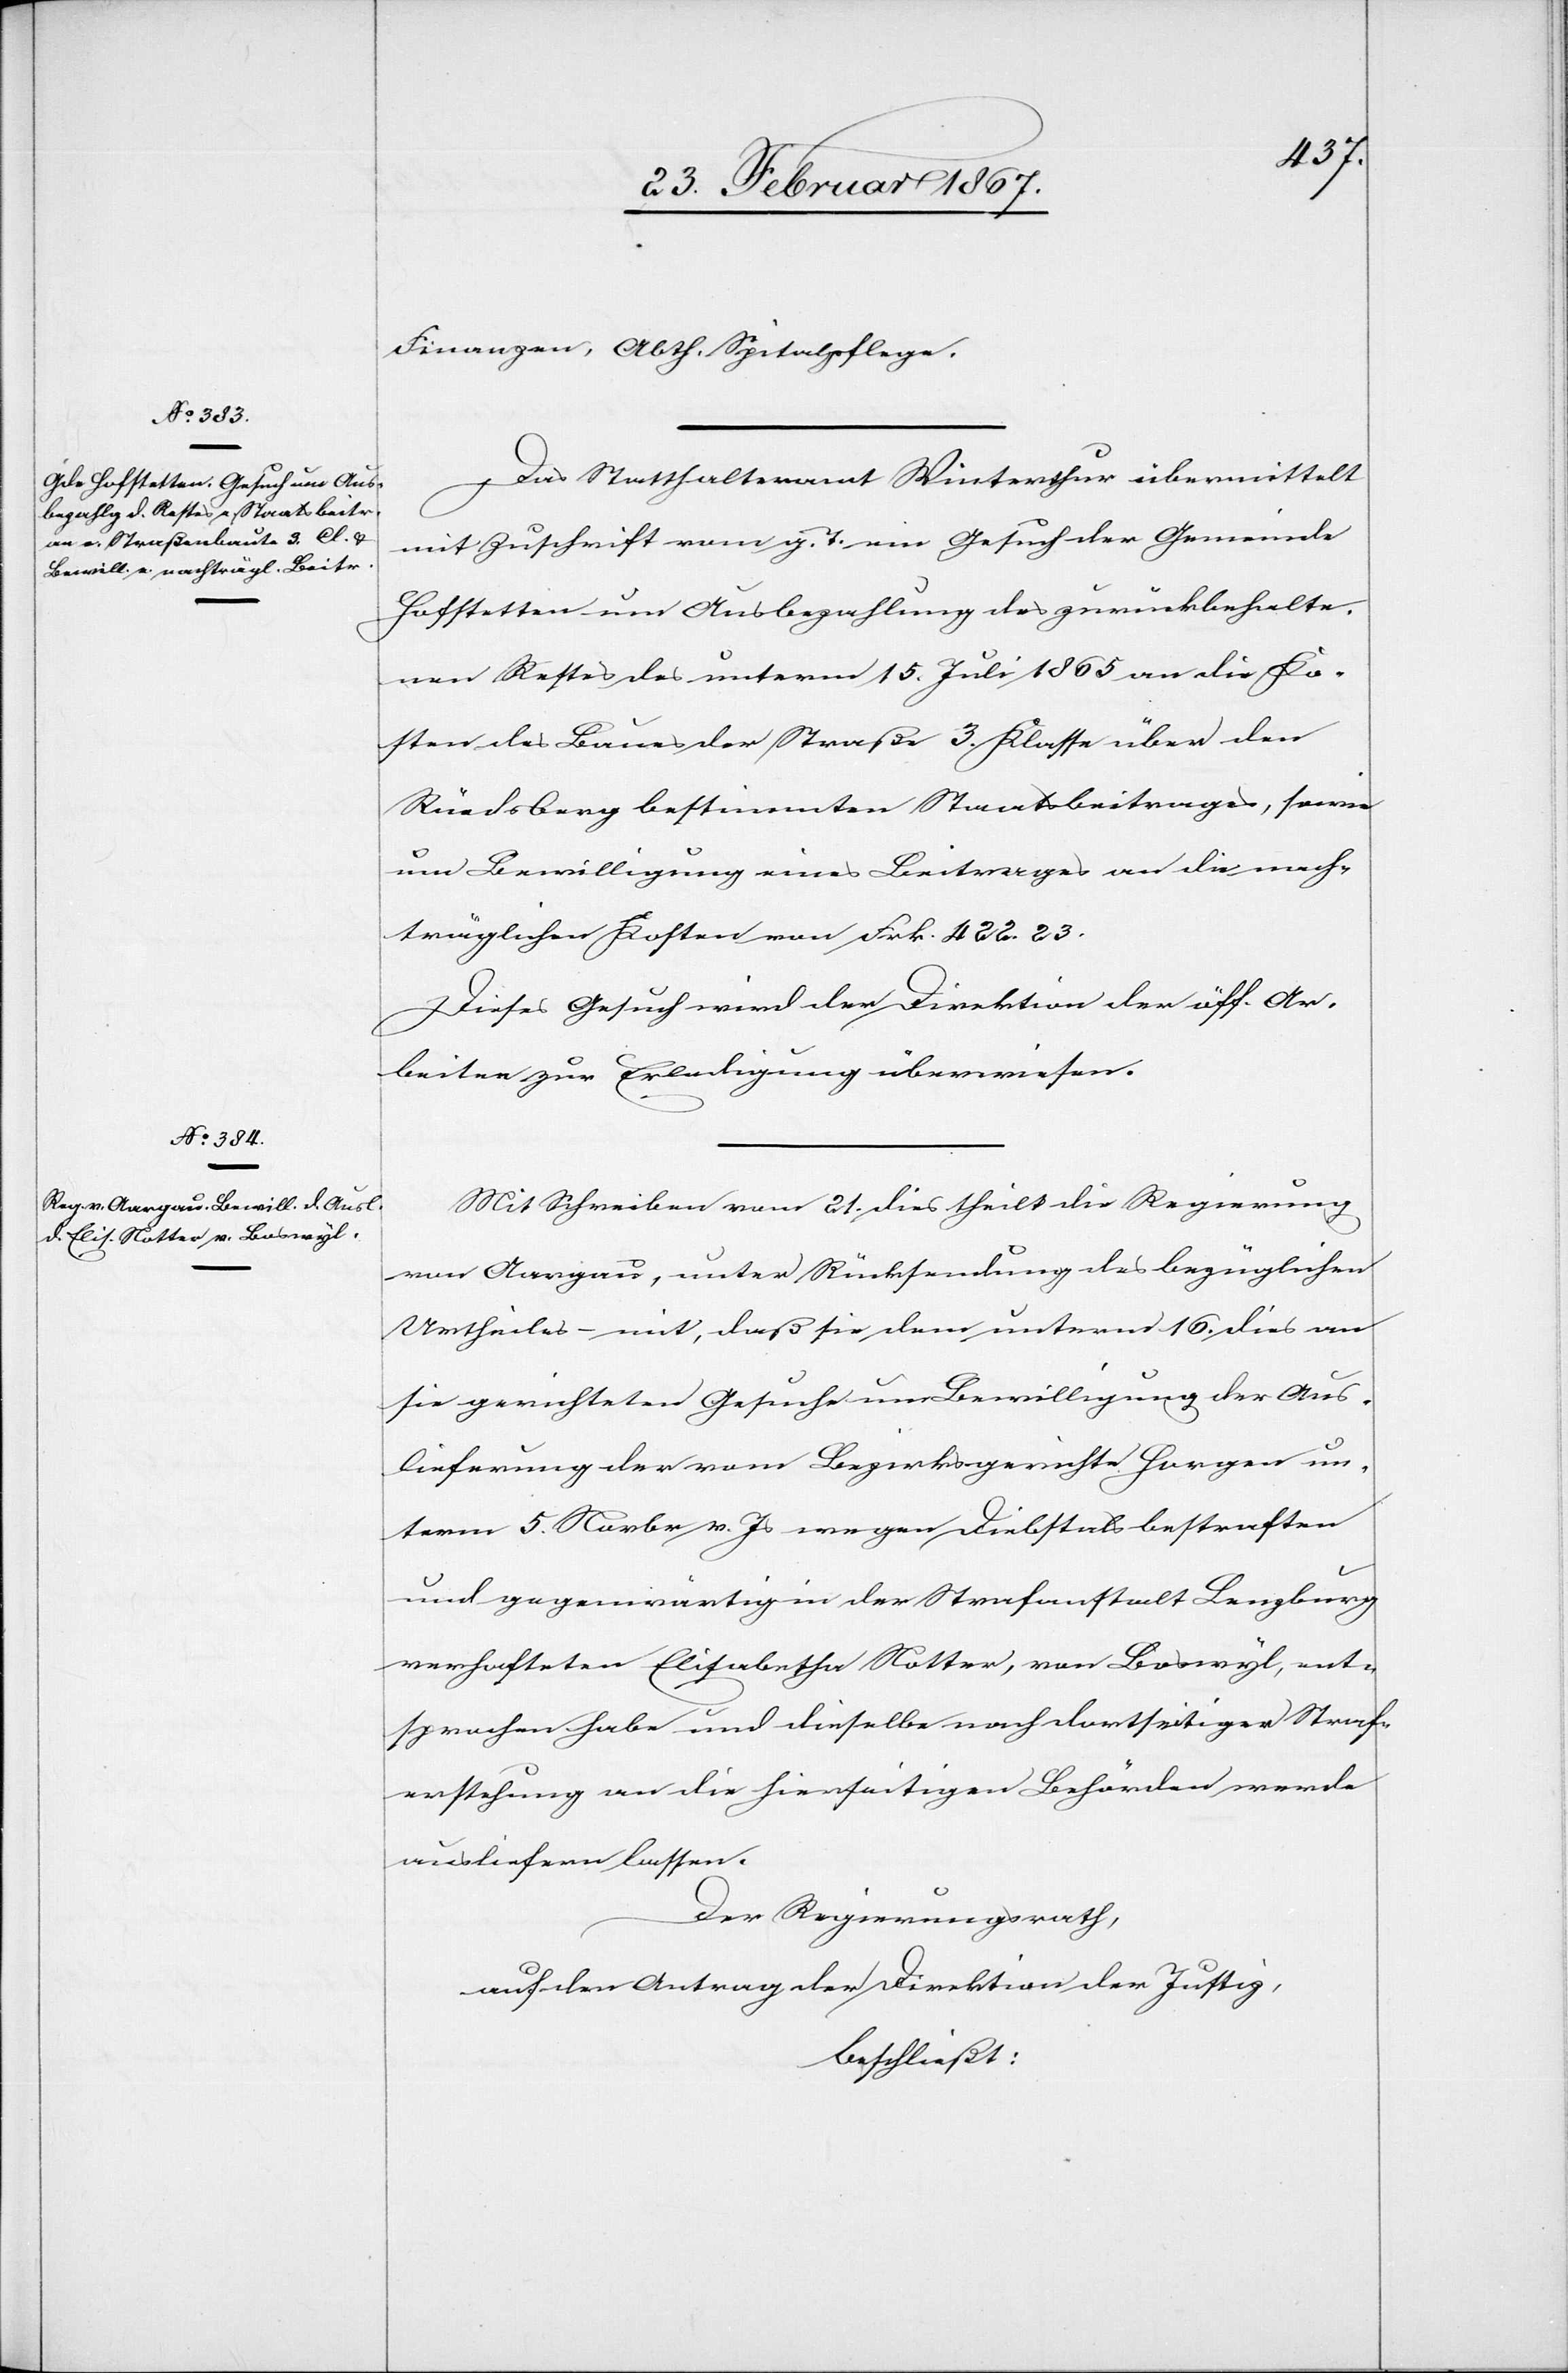
Finanzen, Abth. Spitalpflege.
Das Statthalteramt Winterthur übermittelt
mit Zuschrift vom g. T. ein Gesuch der Gemeinde
Hofstetten um Ausbezahlung des zurückbehalte¬
nen Restes des unterm 15. Juli 1865 an die Ko¬
sten des Baues der Straße 3. Klasse über den
Rüedsberg bestimmten Staatsbeitrages, sowie
um Bewilligung eines Beitrages an die nach¬
träglichen Kosten von Frk. 422. 23.
Dieses Gesuch wird der Direktion der öff. Ar¬
beiten zur Erledigung überwiesen.
Mit Schreiben vom 21. dies theilt die Regierung
von Aargau, unter Rücksendung des bezüglichen
Urtheiles – mit, daß sie dem unterm 16. dies an
sie gerichteten Gesuche um Bewilligung der Aus¬
lieferung der vom Bezirksgerichte Horgen un¬
term 5. Novbr. v. Js wegen Diebstals bestraften
und gegenwärtig in der Strafanstalt Lenzburg
verhafteten Elisabetha Notter, von Boswyl, ent¬
sprochen habe und dieselbe nach dortseitiger Straf¬
erstehung an die hierseitigen Behörden werde
ausliefern lassen.
Der Regierungsrath,
auf den Antrag der Direktion der Justiz,
beschließt: